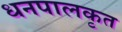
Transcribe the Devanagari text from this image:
धनपालकृत